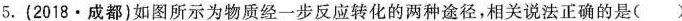
5.（2018·成都）如图所示为物质经一步反应转化的两种途径，相关说法正确的是（ ）